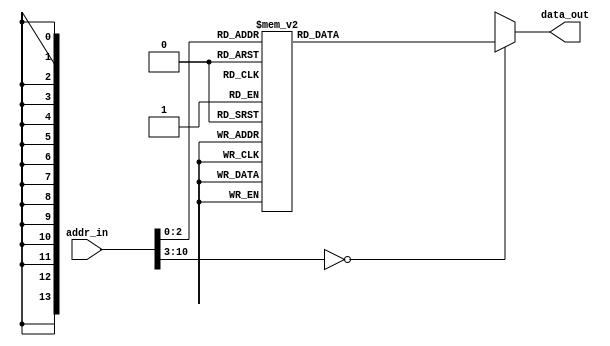
module ROM (
    input[10:0] addr_in,    //address
    output reg[13:0] data_out  //addressdata(instruction)
);
    always @(*) begin
        case(addr_in)
            11'h0: data_out = 14'h3044;
            11'h1: data_out = 14'h3E01;
            11'h2: data_out = 14'h3E02;
            11'h3: data_out = 14'h3E03;
            11'h4: data_out = 14'h3E04;
            11'h5: data_out = 14'h3E05;
            11'h6: data_out = 14'h3E06;
            11'h7: data_out = 14'h3E07;
            default: data_out = 14'hx;
        endcase 
    end
endmodule